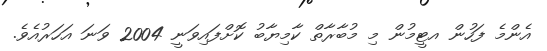
އެންމެ ފަހުން އޓީމުން މި މުބާރާތް ކާމިޔާބު ކޮށްފައިވަނީ 2004 ވަނަ އަހަރުއެވެ.